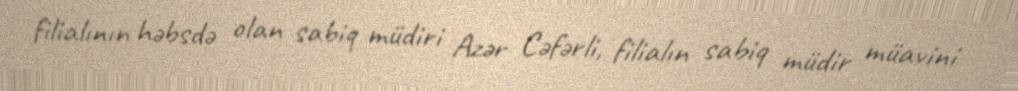
filialının həbsdə olan sabiq müdiri Azər Cəfərli, filialın sabiq müdir müavini